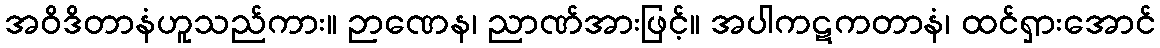
အဝိဒိတာနံဟူသည်ကား။ ဉာဏေန၊ ညာဏ်အားဖြင့်။ အပါကဋကတာနံ၊ ထင်ရှားအောင်